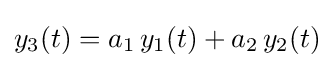
y_{3}(t)=a_{1}\,y_{1}(t)+a_{2}\,y_{2}(t)